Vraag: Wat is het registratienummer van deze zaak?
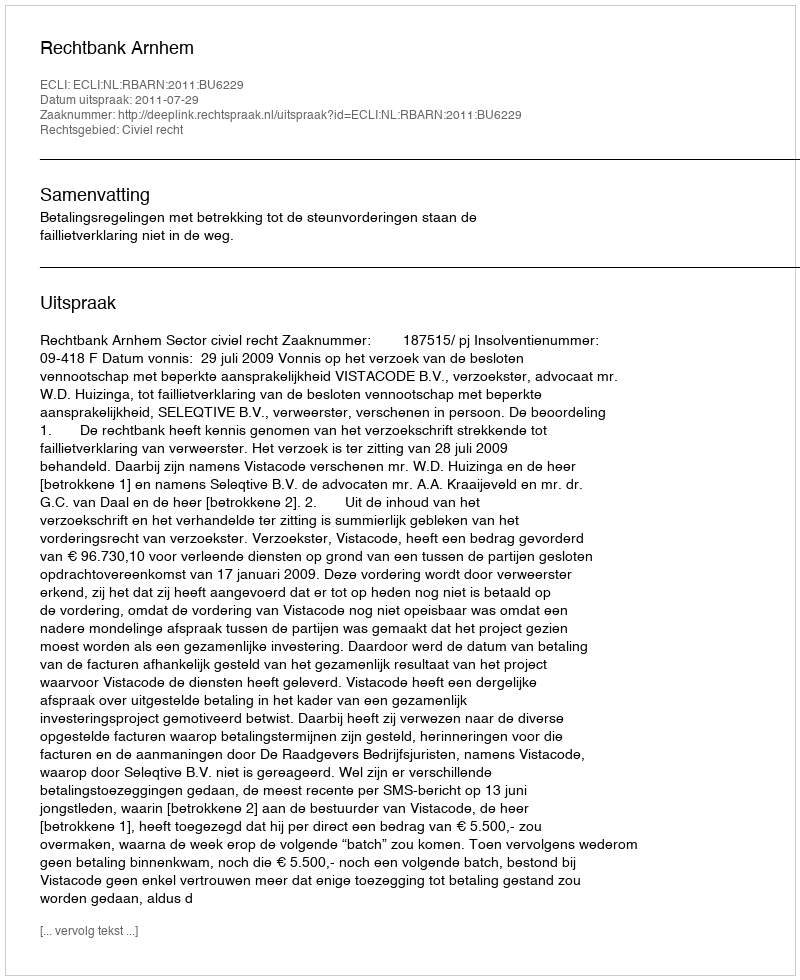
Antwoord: http://deeplink.rechtspraak.nl/uitspraak?id=ECLI:NL:RBARN:2011:BU6229